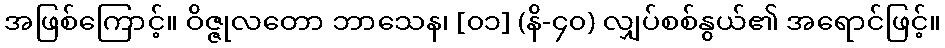
အဖြစ်ကြောင့်။ ဝိဇ္ဇုလတော ဘာသေန၊ [၀၁] (နိ-၄၀) လျှပ်စစ်နွယ်၏ အရောင်ဖြင့်။